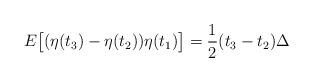
LaTeX: \begin{align*}E\big[(\eta(t_3)-\eta(t_2))\eta(t_1)\big]=\frac12(t_3-t_2)\Delta\end{align*}